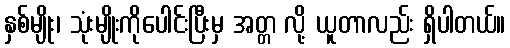
နှစ်မျိုး၊ သုံးမျိုးကိုပေါင်းပြီးမှ အတ္တ လို့ ယူတာလည်း ရှိပါတယ်။